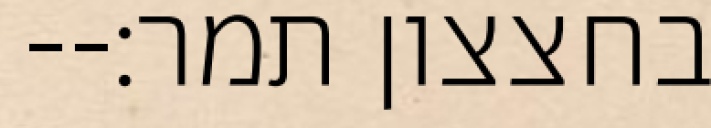
בחצצון תמר׃--